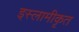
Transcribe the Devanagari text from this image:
इस्लामीकृत